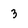
Character: 3